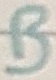
Text: B